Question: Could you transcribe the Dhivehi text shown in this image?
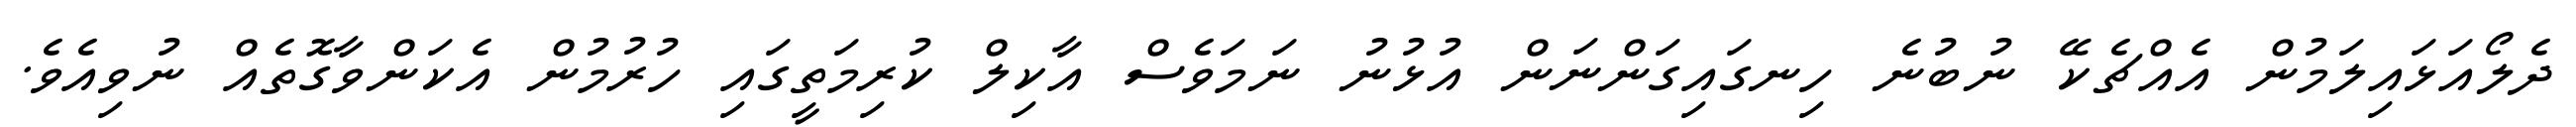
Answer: ދެލޯއަޅައިލަމުން އެއްޗެކޭ ނުބުނެ ހިނގައިގަންނަން އުޅުނު ނަމަވެސް އާކިލް ކުރިމަތީގައި ހުރުމުން އެކަންވާގޮތެއް ނުވިއެވެ.